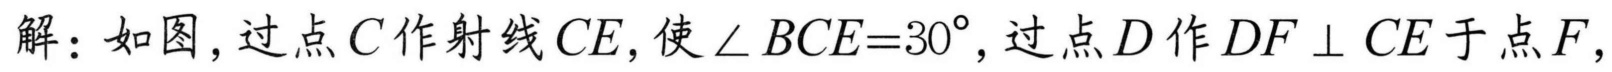
解：如图,过点\(C\)作射线\(CE\),使\(\angle BCE = 30^{\circ}\),过点\(D\)作\(DF\perp CE\)于点\(F\),